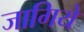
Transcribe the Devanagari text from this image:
जागिये